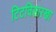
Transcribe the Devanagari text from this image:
टिटविसारखा